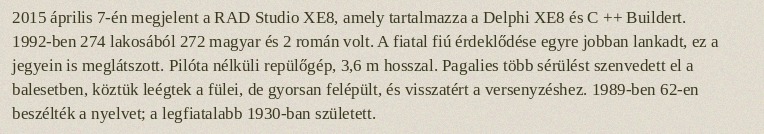
2015 április 7-én megjelent a RAD Studio XE8, amely tartalmazza a Delphi XE8 és C ++ Buildert. 1992-ben 274 lakosából 272 magyar és 2 román volt. A fiatal fiú érdeklődése egyre jobban lankadt, ez a jegyein is meglátszott. Pilóta nélküli repülőgép, 3,6 m hosszal. Pagalies több sérülést szenvedett el a balesetben, köztük leégtek a fülei, de gyorsan felépült, és visszatért a versenyzéshez. 1989-ben 62-en beszélték a nyelvet; a legfiatalabb 1930-ban született.